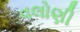
વલોણી